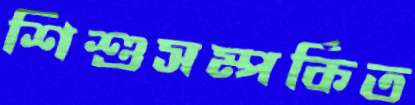
শিশুসম্পর্কিত